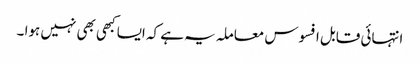
انتہائی قابل افسوس معاملہ یہ ہے کہ ایسا کبھی بھی نہیں ہوا ۔